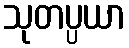
သုတပ္ပယာ